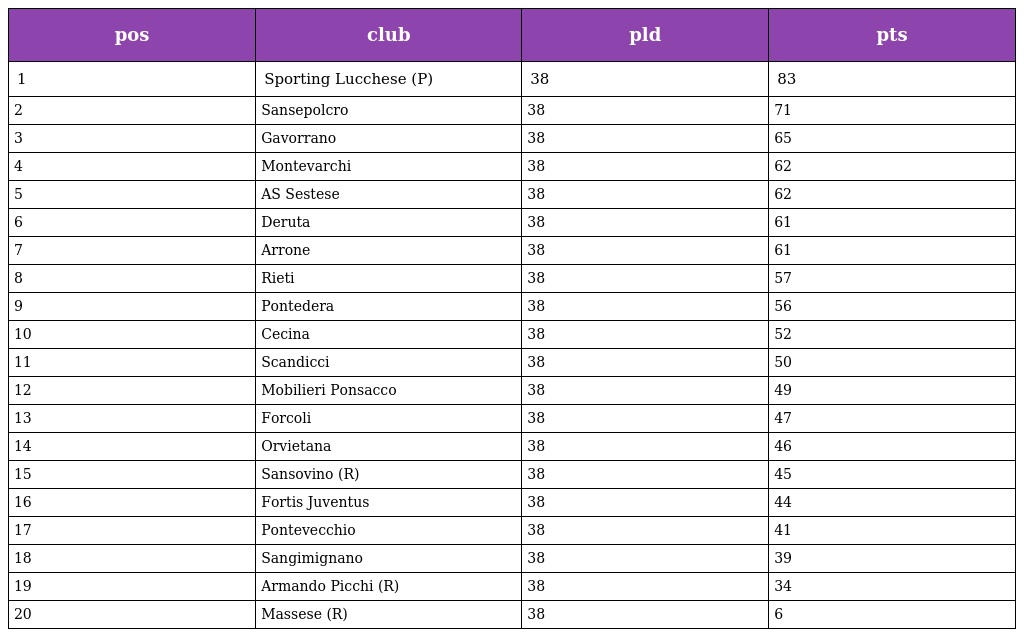
| pos | club | pld | pts |
 | --- | --- | --- | --- |
 | 1 | Sporting Lucchese (P) | 38 | 83 |
 | 2 | Sansepolcro | 38 | 71 |
 | 3 | Gavorrano | 38 | 65 |
 | 4 | Montevarchi | 38 | 62 |
 | 5 | AS Sestese | 38 | 62 |
 | 6 | Deruta | 38 | 61 |
 | 7 | Arrone | 38 | 61 |
 | 8 | Rieti | 38 | 57 |
 | 9 | Pontedera | 38 | 56 |
 | 10 | Cecina | 38 | 52 |
 | 11 | Scandicci | 38 | 50 |
 | 12 | Mobilieri Ponsacco | 38 | 49 |
 | 13 | Forcoli | 38 | 47 |
 | 14 | Orvietana | 38 | 46 |
 | 15 | Sansovino (R) | 38 | 45 |
 | 16 | Fortis Juventus | 38 | 44 |
 | 17 | Pontevecchio | 38 | 41 |
 | 18 | Sangimignano | 38 | 39 |
 | 19 | Armando Picchi (R) | 38 | 34 |
 | 20 | Massese (R) | 38 | 6 |